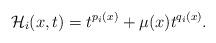
LaTeX: \begin{align*}\mathcal H_i(x,t)= t^{p_i(x)}+\mu(x)t^{q_i(x)}.\end{align*}